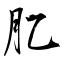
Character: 肊